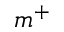
m ^ { + }